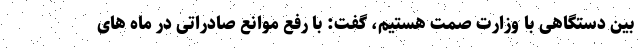
بین دستگاهی با وزارت صمت هستیم، گفت: با رفع موانع صادراتی در ماه های